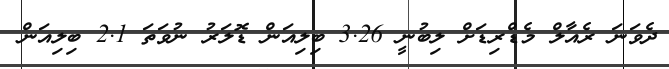
ދެވަނަ ރެއާލް މެޑްރިޑަށް ލިބުނީ 3.26 ބިލިއަން ޑޮލަރު ނުވަތަ 2.1 ބިލިއަން